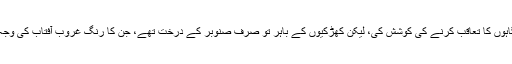
ٹینگو نے اس کی نگاہوں کا تعاقب کرنے کی کوشش کی، لیکن کھڑکیوں کے باہر تو صرف صنوبر کے درخت تھے، جن کا رنگ غروبِ آفتاب کی وجہ سے گہرا ہوگیا تھا۔